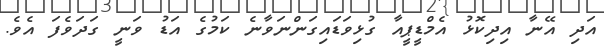
އަދި އޭނާ އިދިކޮޅު އެމްޑީޕީއާ ގުޅިވަޑައިގަންނަވާނެ ކަމުގެ އަޑު ވަނީ ގަދަވެފަ އެވެ.